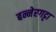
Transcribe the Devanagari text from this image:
बन्नेरगट्टा